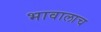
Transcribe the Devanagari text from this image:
भावालाच